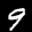
Label: 9